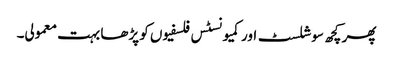
پھر کچھ سوشلسٹ اور کمیونسٹس فلسفیوں کو پڑھا بہت معمولی۔